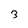
Character: 3